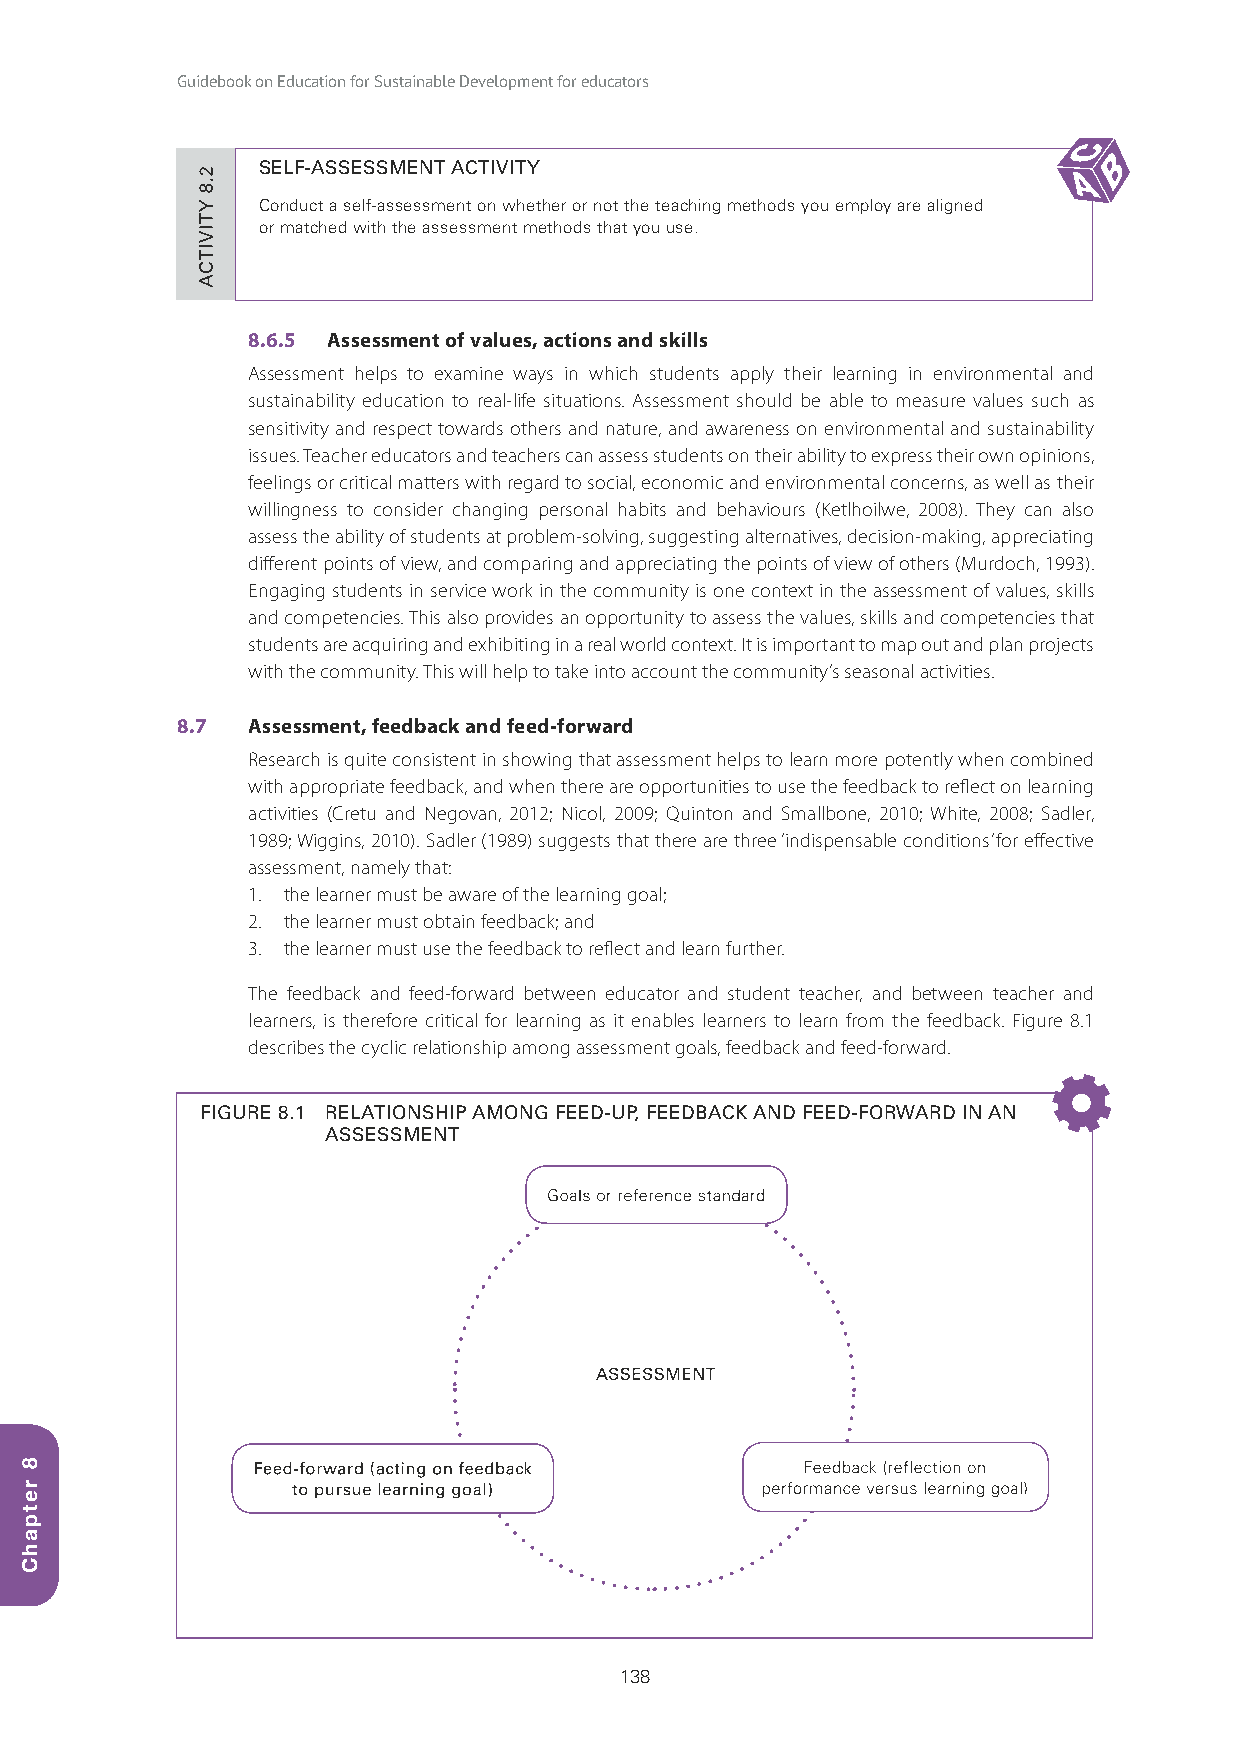
Guidebook on Education for Sustainable Development for educators
 SELF-ASSESSMENT ACTIVITY
 Conduct a self-assessment on whether or not the teaching methods you employ are aligned
 or matched with the assessment methods that you use.
 8.6.5 Assessment of values, actions and skills
 Assessment helps to examine ways in which students apply their learning in environmental and
 sustainability education to real-life situations. Assessment should be able to measure values such as
 sensitivity and respect towards others and nature, and awareness on environmental and sustainability
 issues. Teacher educators and teachers can assess students on their ability to express their own opinions,
 feelings or critical matters with regard to social, economic and environmental concerns, as well as their
 willingness to consider changing personal habits and behaviours (Ketlhoilwe, 2008). They can also
 assess the ability of students at problem-solving, suggesting alternatives, decision-making, appreciating
 different points of view, and comparing and appreciating the points of view of others (Murdoch, 1993).
 Engaging students in service work in the community is one context in the assessment of values, skills
 and competencies. This also provides an opportunity to assess the values, skills and competencies that
 students are acquiring and exhibiting in a real world context. It is important to map out and plan projects
 with the community. This will help to take into account the community’s seasonal activities.
 8.7 Assessment, feedback and feed-forward
 Research is quite consistent in showing that assessment helps to learn more potently when combined
 with appropriate feedback, and when there are opportunities to use the feedback to reflect on learning
 activities (Cretu and Negovan, 2012; Nicol, 2009; Quinton and Smallbone, 2010; White, 2008; Sadler,
 1989; Wiggins, 2010). Sadler (1989) suggests that there are three ‘indispensable conditions’ for effective
 assessment, namely that:
 1. the learner must be aware of the learning goal;
 2. the learner must obtain feedback; and
 3. the learner must use the feedback to reflect and learn further.
 The feedback and feed-forward between educator and student teacher, and between teacher and
 learners, is therefore critical for learning as it enables learners to learn from the feedback. Figure 8.1
 describes the cyclic relationship among assessment goals, feedback and feed-forward.
 FIGURE 8.1 RELATIONSHIP AMONG FEED-UP, FEEDBACK AND FEED-FORWARD IN AN
 ASSESSMENT
 Goals or reference standard
 ASSESSMENT
 Feed-forward (acting on feedback    Feedback (reflection on
 ttoo ppuurrssuuee lleeaarrnniinngg ggooaall)) ppeerrffoorrmmaannccee vveerrssuuss lleeaarrnniinngg ggooaall))
 138
 8
 retpahC
 2.8
 YTIVITCA